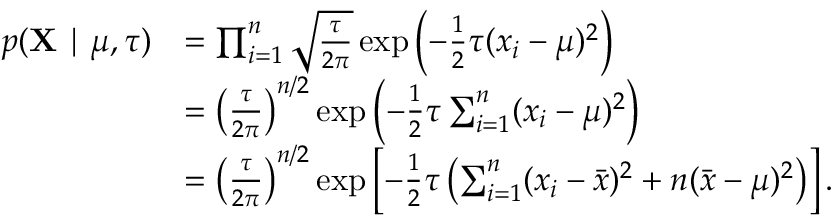
{ \begin{array} { r l } { p ( \mathbf { X } \mid \mu , \tau ) } & { = \prod _ { i = 1 } ^ { n } { \sqrt { \frac { \tau } { 2 \pi } } } \exp \left( - { \frac { 1 } { 2 } } \tau ( x _ { i } - \mu ) ^ { 2 } \right) } \\ & { = \left( { \frac { \tau } { 2 \pi } } \right) ^ { n / 2 } \exp \left( - { \frac { 1 } { 2 } } \tau \sum _ { i = 1 } ^ { n } ( x _ { i } - \mu ) ^ { 2 } \right) } \\ & { = \left( { \frac { \tau } { 2 \pi } } \right) ^ { n / 2 } \exp \left[ - { \frac { 1 } { 2 } } \tau \left( \sum _ { i = 1 } ^ { n } ( x _ { i } - { \bar { x } } ) ^ { 2 } + n ( { \bar { x } } - \mu ) ^ { 2 } \right) \right] . } \end{array} }